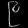
Digit: ၉